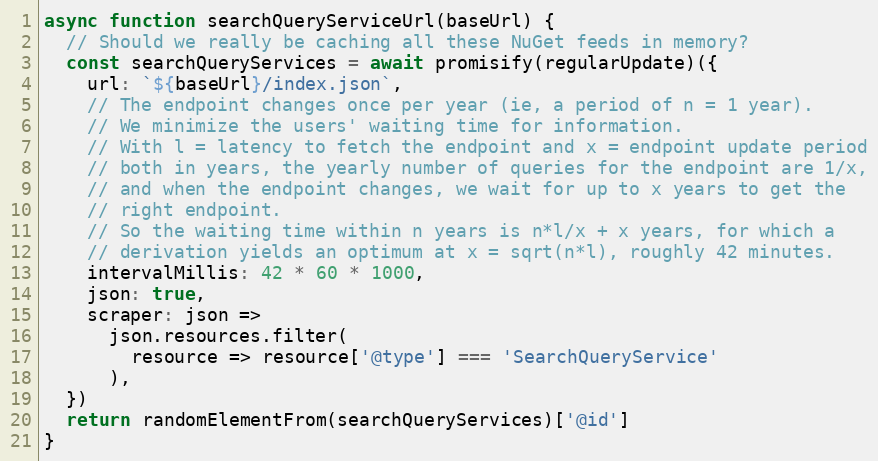
Language: JavaScript
async function searchQueryServiceUrl(baseUrl) {
  // Should we really be caching all these NuGet feeds in memory?
  const searchQueryServices = await promisify(regularUpdate)({
    url: `${baseUrl}/index.json`,
    // The endpoint changes once per year (ie, a period of n = 1 year).
    // We minimize the users' waiting time for information.
    // With l = latency to fetch the endpoint and x = endpoint update period
    // both in years, the yearly number of queries for the endpoint are 1/x,
    // and when the endpoint changes, we wait for up to x years to get the
    // right endpoint.
    // So the waiting time within n years is n*l/x + x years, for which a
    // derivation yields an optimum at x = sqrt(n*l), roughly 42 minutes.
    intervalMillis: 42 * 60 * 1000,
    json: true,
    scraper: json =>
      json.resources.filter(
        resource => resource['@type'] === 'SearchQueryService'
      ),
  })
  return randomElementFrom(searchQueryServices)['@id']
}